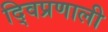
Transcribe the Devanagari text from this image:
द्विप्रणाली